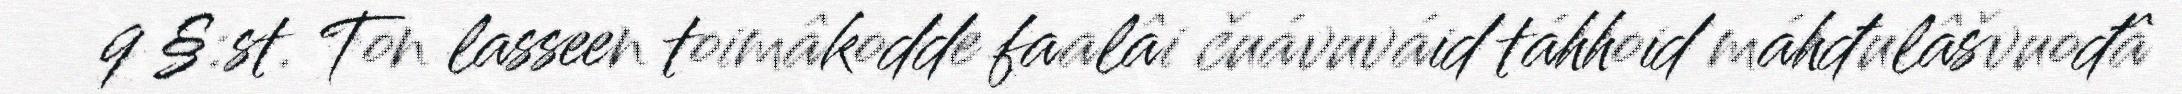
9 §:st. Ton lasseen toimâkodde faalâi čuávuváid táhhoid máhđulâšvuođâ